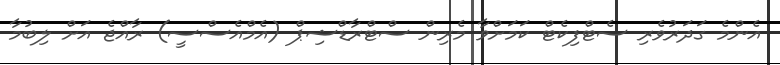
އެންމެ ގަދަރުވެރި ސެޓްފިކެޓް ކަމަށްވާ މެރިން ސްޓްރާޑްޝިޕް (އެމްއެސްސީ) ރާއްޖެ އަށް ލިބުމާ